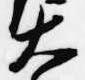
大